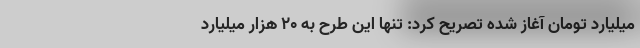
میلیارد تومان آغاز شده تصریح کرد: تنها این طرح به ۲۰ هزار میلیارد